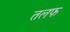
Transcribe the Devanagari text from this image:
तलफ